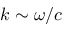
k \sim \omega / c